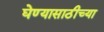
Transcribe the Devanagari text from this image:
घेण्यासाठीच्या